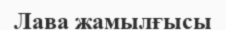
Лава жамылғысы